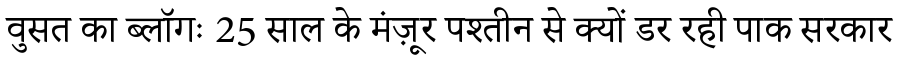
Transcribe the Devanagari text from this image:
वुसत का ब्लॉगः 25 साल के मंज़ूर पश्तीन से क्यों डर रही पाक सरकार